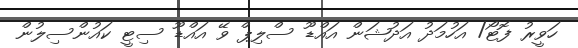
ހަވީރު ފޮޓޯ/ އަހުމަދު އަދުޝަން އައްޑޫ ސްލިޕް ވޭ އައްޑޫ ސިޓީ ކައުންސިލުން